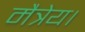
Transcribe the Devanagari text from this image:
मैत्रेय।